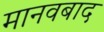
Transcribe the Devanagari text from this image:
मानवबाद